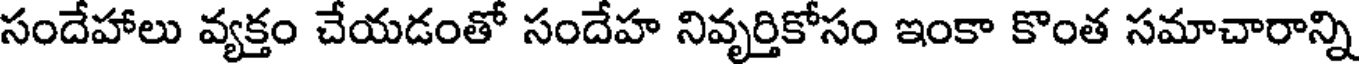
సందేహాలు వ్యక్తం చేయడంతో సందేహ నివృర్తికోసం ఇంకా కొంత సమాచారాన్ని